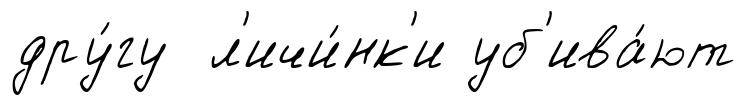
дру́гу л'ичи́нк'и уб'ива́ют